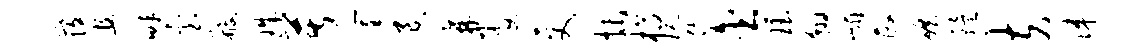
发且畔台般珠苦筐退棘娶更抹槁玩您含珏翱嵋政碾殪夫涕